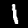
Label: 1